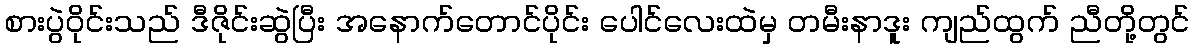
စားပွဲဝိုင်းသည် ဒီဇိုင်းဆွဲပြီး အနောက်တောင်ပိုင်း ပေါင်လေးထဲမှ တမီးနာဒူး ကျည်ထွက် ညီတို့တွင်